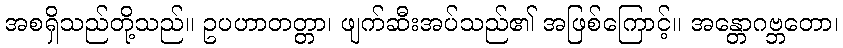
အစရှိသည်တို့သည်။ ဥပဟာတတ္တာ၊ ဖျက်ဆီးအပ်သည်၏ အဖြစ်ကြောင့်။ အန္တောဂဗ္ဘတော၊